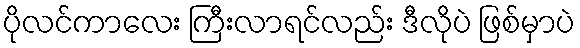
ပိုလင်ကာလေး ကြီးလာရင်လည်း ဒီလိုပဲ ဖြစ်မှာပဲ